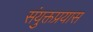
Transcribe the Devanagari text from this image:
संयुक्तप्रयास